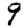
Digit: 9